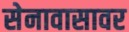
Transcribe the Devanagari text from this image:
सेनावासावर